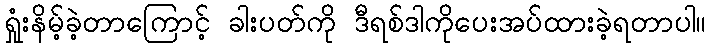
ရှုံးနိမ့်ခဲ့တာကြောင့် ခါးပတ်ကို ဒီရစ်ဒါကိုပေးအပ်ထားခဲ့ရတာပါ။